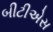
બીટીએસ